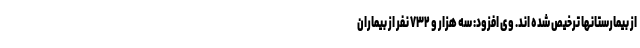
از بیمارستانها ترخیص شده اند. وی افزود: سه هزار و ۷۳۲ نفر از بیماران